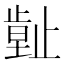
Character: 𣦙